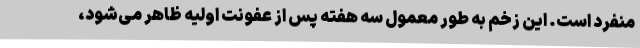
منفرد است. این زخم به طور معمول سه هفته پس از عفونت اولیه ظاهر می‌شود،